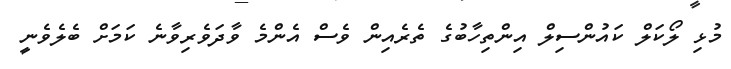
މުޅި ލޯކަލް ކައުންސިލް އިންތިހާބުގެ ތެރެއިން ވެސް އެންމެ ވާދަވެރިވާނެ ކަމަށް ބެލެވެނީ